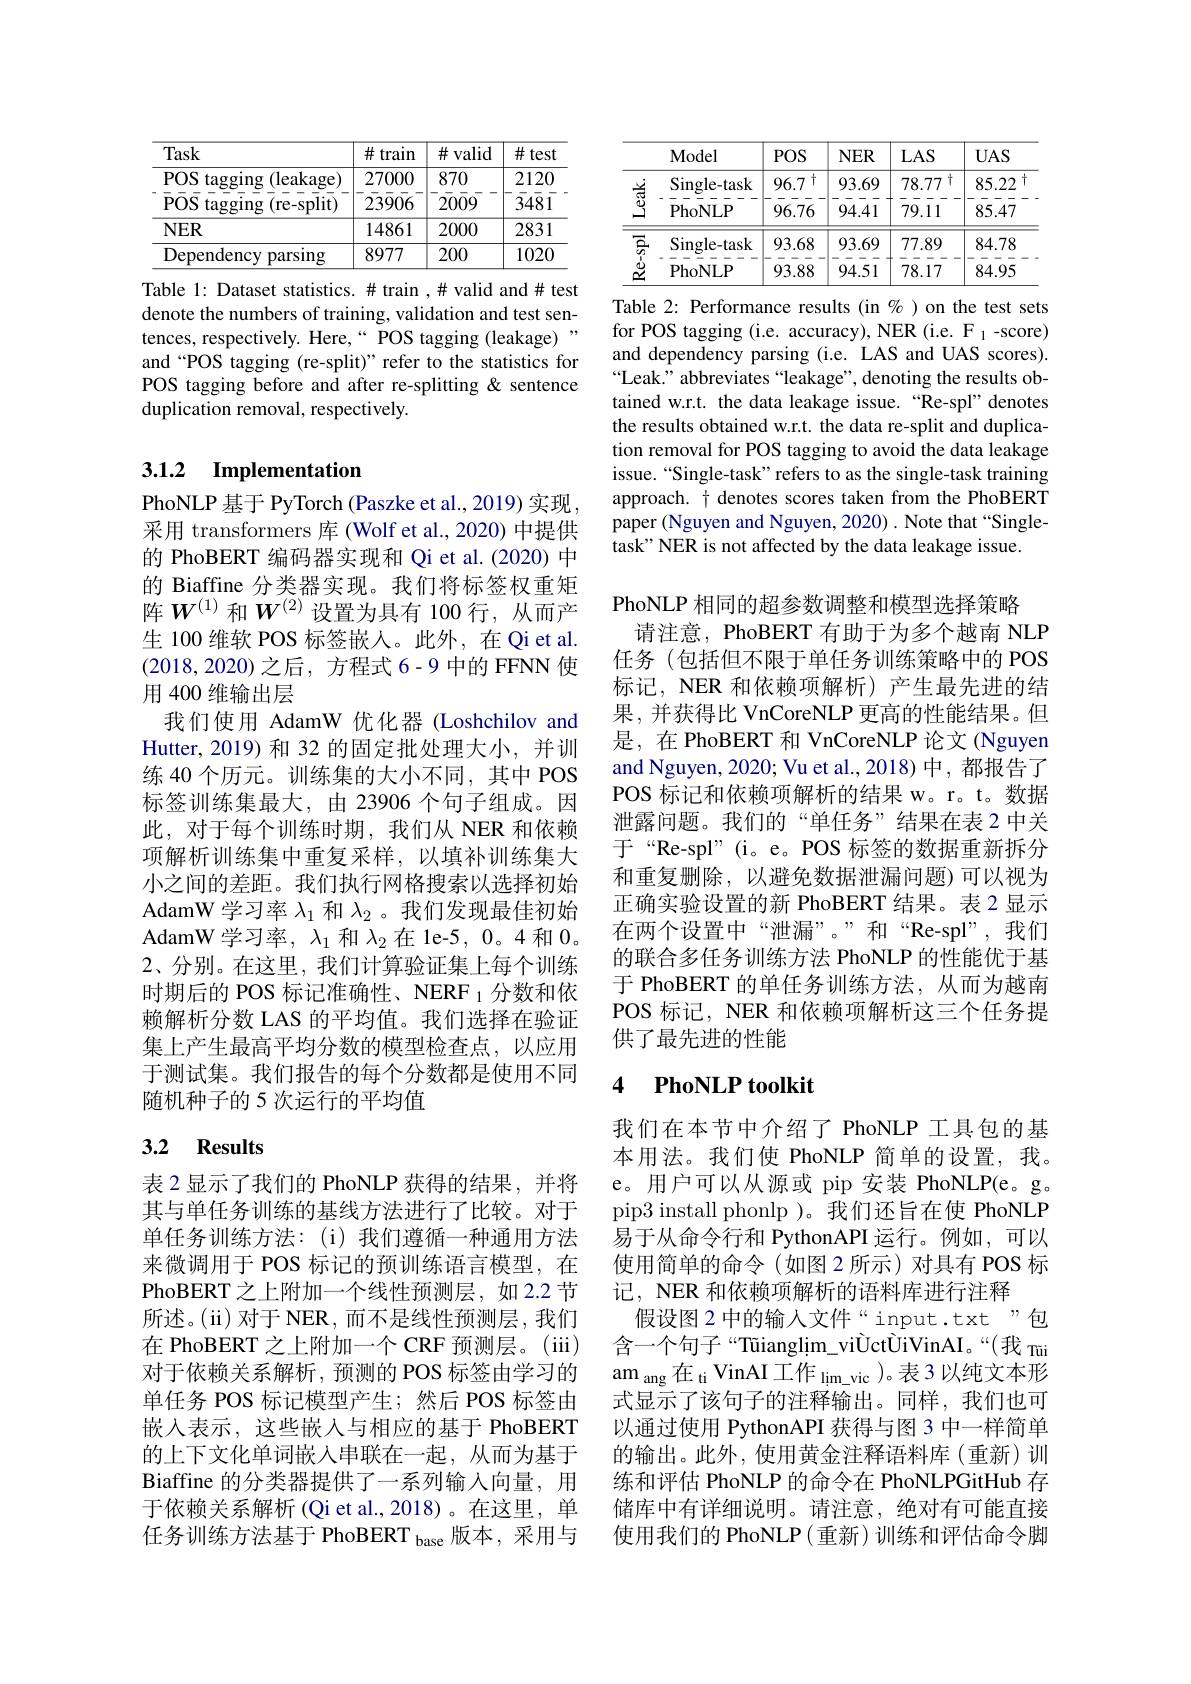
<table>
	<tbody>
		<tr>
			<th>Task</th>
			<th>$\#$train</th>
			<th>$\#$valid</th>
			<th>$\#$test</th>
		</tr>
		<tr>
			<td>$POS$ $\operatorname{tagging}$ (leakage) $POS$ tagging (re-split)</td>
			<td>27000 23906</td>
			<td>870 2009</td>
			<td>2120 $\bar{3}4\bar{8}\bar{1}$</td>
		</tr>
		<tr>
			<td>$NER$</td>
			<td>14861</td>
			<td>2000</td>
			<td>2831</td>
		</tr>
		<tr>
			<td>Dependency parsing 112</td>
			<td>8977</td>
			<td>200</td>
			<td>1020</td>
		</tr>
	</tbody>
</table>

Table 1: Dataset statistics. # train ,# valid and# test denote the numbers of training, validation and test sentences, respectively. Here,“ POS tagging (leakage)” and “POS tagging (re-split)”refer to the statistics for POS tagging before and after re-splitting & sentence duplication removal, respectively.

## 3.1.2 Implementation

PhoNLP 基于 PyTorch (Paszke et al., 2019) 实现采用 transformers 库 (Wolf et al.,2020) 中提供的 PhoBERT 编码器实现和 Qi et al.(2020) 中的 Biaffine 分类器实现。我们将标签权重矩阵$W^{(1)}$和$W^{(2)}$设置为具有 100 行，从而产生 100 维软 POS 标签嵌入。此外，在 Qi et al. (2018,2020)之后，方程式 6-9 中的 FFNN 使用 400 维输出层
我们使用 AdamW 优化器 (Loshchilov and Hutter, 2019) 和 32 的固定批处理大小，并训练 40 个历元。训练集的大小不同，其中 POS 标签训练集最大，由 23906 个句子组成。因此，对于每个训练时期，我们从 NER 和依赖项解析训练集中重复采样，以填补训练集大小之间的差距。我们执行网格搜索以选择初始AdamW 学习率$\lambda_1$和$\lambda_2$ 。我们发现最佳初始AdamW 学习率，$\lambda_1$和$\lambda_2$在 1e-5,0。4和0。2、分别。在这里，我们计算验证集上每个训练时期后的 POS 标记准确性、NERF 1分数和依赖解析分数 LAS 的平均值。我们选择在验证集上产生最高平均分数的模型检查点，以应用于测试集。我们报告的每个分数都是使用不同随机种子的 5 次运行的平均值

## 3.2 Results

表 2 显示了我们的 PhoNLP 获得的结果，并将其与单任务训练的基线方法进行了比较。对于单任务训练方法：(i)我们遵循一种通用方法来微调用于 POS 标记的预训练语言模型，在PhoBERT 之上附加一个线性预测层，如 2.2 节所述。(ii) 对于 NER, 而不是线性预测层，我们在 PhoBERT 之上附加一个 CRF 预测层。(iii) 对于依赖关系解析，预测的 POS 标签由学习的单任务 POS 标记模型产生；然后 POS 标签由嵌入表示，这些嵌入与相应的基于 PhoBERT 的上下文化单词嵌入串联在一起，从而为基于Biaffine 的分类器提供了一系列输入向量，用于依赖关系解析(Qi et al.,2018)。在这里，单任务训练方法基于 PhoBERT $_\mathrm{base}$版本，采用与

<table>
	<tbody>
		<tr>
			<th> </th>
			<th>Model</th>
			<th>$POS$</th>
			<th>$NER$</th>
			<th>$LAS$</th>
			<th>$UAS$</th>
		</tr>
		<tr>
			<td></td>
			<td>$\operatorname{Single-task}$ PhoNLP</td>
			<td>$\dagger$ 96.7 96.76</td>
			<td>93.69 94.41</td>
			<td>78.77 $\frac{1}{1}$ 79.11</td>
			<td>85.22 $\dagger$ 85.47</td>
		</tr>
		<tr>
			<td> $v$</td>
			<td>Single-task PhoNLP</td>
			<td>93.68 93.88</td>
			<td>93.69 94.51</td>
			<td>77.89 78.17</td>
			<td>84.78 84.95</td>
		</tr>
	</tbody>
</table>

Table 2: Performance results (in %)on the test sets for POS tagging (i.e. accuracy), NER (i.e. F $_1$-score) and dependency parsing (i.e. LAS and UAS scores). “Leak.” abbreviates“leakage”, denoting the results obtained w.r.t. the data leakage issue. “Re-spl" denotes the results obtained w.r.t. the data re-split and duplication removal for POS tagging to avoid the data leakage issue.“Single-task”refers to as the single-task training approach. t denotes scores taken from the PhoBERT paper (Nguyen and Nguyen, 2020) . Note that “Singletask" NER is not affected by the data leakage issue.

PhoNLP 相同的超参数调整和模型选择策略
请注意，PhoBERT 有助于为多个越南 NLP 任务 (包括但不限于单任务训练策略中的 POS 标记，NER 和依赖项解析)产生最先进的结果，并获得比 VnCoreNLP 更高的性能结果。但是，在 PhoBERT 和 VnCoreNLP 论文 (Nguyen and Nguyen, 2020; Vu et al., 2018) 中，都报告了POS 标记和依赖项解析的结果 w。r。t。数据泄露问题。我们的“单任务”结果在表 2 中关于“Re-spl”(i。e。POS 标签的数据重新拆分和重复删除，以避免数据泄漏问题)可以视为正确实验设置的新 PhoBERT 结果。表 2 显示在两个设置中“泄漏”。”和“Re-spl”,我们的联合多任务训练方法 PhoNLP 的性能优于基于 PhoBERT 的单任务训练方法，从而为越南POS 标记，NER 和依赖项解析这三个任务提供了最先进的性能

### 4 $\textbf{PhoNLP toolkit}$

我们在本节中介绍了 PhoNLP 工具包的基本用法。我们使 PhoNLP 简单的设置，我。e。用户可以从源或 pip 安装 PhoNLP(e。g。pip3 install phonlp )。我们还旨在使 PhoNLP 易于从命令行和 PythonAPI 运行。例如，可以使用简单的命令(如图2所示)对具有 POS 标记，NER 和依赖项解析的语料库进行注释
假设图 2 中的输入文件“input.txt ”包含一个句子“Tüianglim\_viÛctÙiVinAI。“(我 Tüi $\mathrm{am}_{\mathrm{~ang~}}$在 ti VinAI 工作 $_\mathrm{lim\_vic~}$)。表 3 以纯文本形式显示了该句子的注释输出。同样，我们也可以通过使用 PythonAPI 获得与图 3 中一样简单的输出。此外，使用黄金注释语料库(重新)训练和评估 PhoNLP 的命令在 PhoNLPGitHub 存储库中有详细说明。请注意，绝对有可能直接使用我们的 PhoNLP(重新)训练和评估命令脚